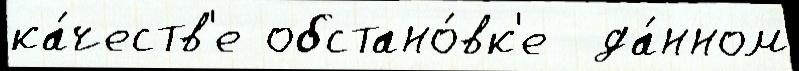
ка́честв'е обстано́вк'е  да́нном